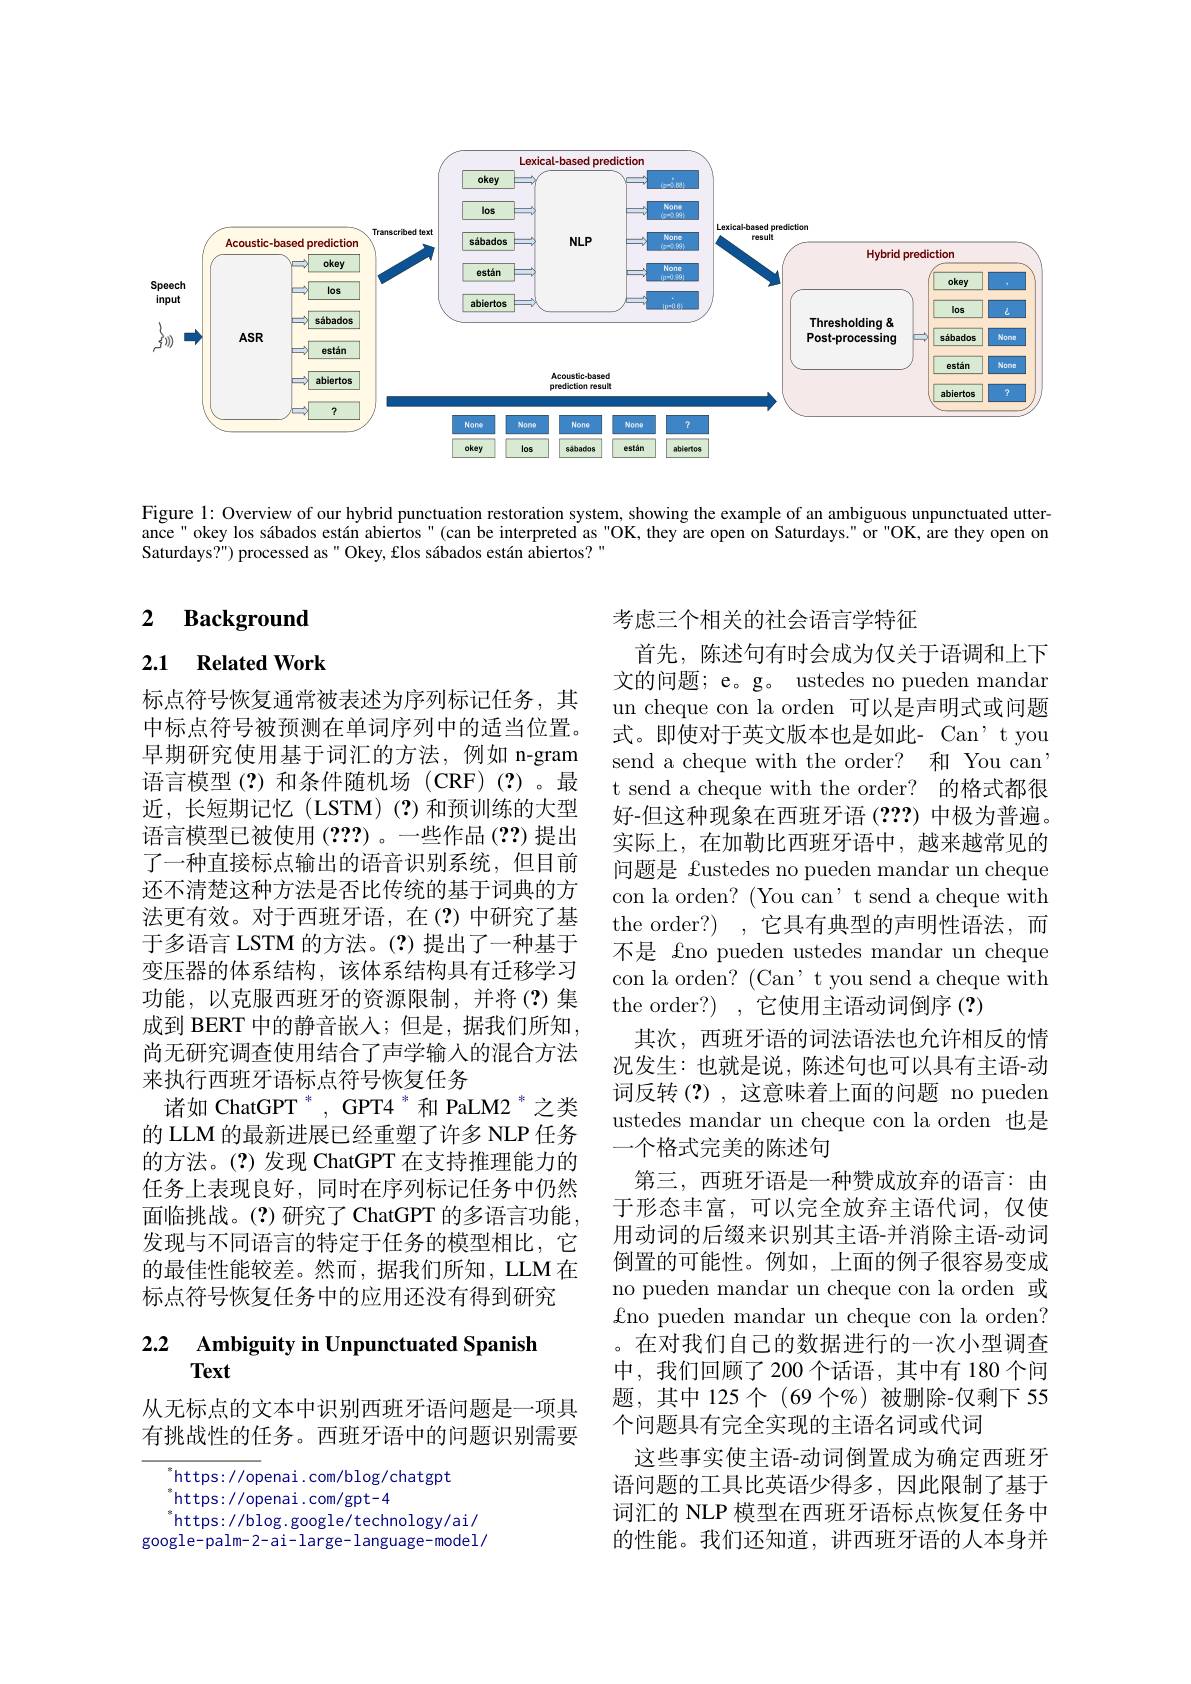
<FigureHere>

Figure 1: Overview of our hybrid punctuation restoration system, showing the example of an ambiguous unpunctuated utterance" okey los sábados están abiertos" (can be interpreted as"OK, they are open on Saturdays." or "OK, are they open on Saturdays?") processed as" Okey, £los sábados están abiertos?"

### $\textbf{2}$ $\textbf{Background}$

## 2.1 Related Work

标点符号恢复通常被表述为序列标记任务，其中标点符号被预测在单词序列中的适当位置。早期研究使用基于词汇的方法，例如 n-gram 语言模型(?)和条件随机场(CRF)(?)。最近，长短期记忆(LSTM)(?)和预训练的大型语言模型已被使用(???)。一些作品(??)提出了一种直接标点输出的语音识别系统，但目前还不清楚这种方法是否比传统的基于词典的方法更有效。对于西班牙语，在(?)中研究了基于多语言 LSTM 的方法。(?)提出了一种基于变压器的体系结构，该体系结构具有迁移学习功能，以克服西班牙的资源限制，并将(?)集成到 BERT 中的静音嵌入；但是，据我们所知， 尚无研究调查使用结合了声学输入的混合方法来执行西班牙语标点符号恢复任务
诸如 ChatGPT $^*,\mathrm{~GPT4}^*$和 PaLM2 $^*$之类的 LLM 的最新进展已经重塑了许多 NLP 任务的方法。(?)发现 ChatGPT 在支持推理能力的任务上表现良好，同时在序列标记任务中仍然面临挑战。(?)研究了 ChatGPT 的多语言功能， 发现与不同语言的特定于任务的模型相比，它的最佳性能较差。然而，据我们所知，LLM在标点符号恢复任务中的应用还没有得到研究

考虑三个相关的社会语言学特征
首先，陈述句有时会成为仅关于语调和上下文的问题；e。g。ustedes no pueden mandar un cheque con la orden 可以是声明式或问题式。即使对于英文版本也是如此- Can't you send a cheque with the order? 和 You can' t send a cheque with the order? 的格式都很好-但这种现象在西班牙语(???)中极为普遍。实际上，在加勒比西班牙语中，越来越常见的问题是 fustedes no pueden mandar un cheque con la orden? (You can' t send a cheque with the order?),它具有典型的声明性语法，而不是 £no pueden ustedes mandar un cheque con la orden? (Can' t you send a cheque with the order?) ,它使用主语动词倒序 (?)
其次，西班牙语的词法语法也允许相反的情况发生：也就是说，陈述句也可以具有主语-动词反转(?),这意味着上面的问题 no pueden ustedes mandar un cheque con la orden 也是一个格式完美的陈述句
第三，西班牙语是一种赞成放弃的语言：由于形态丰富，可以完全放弃主语代词，仅使用动词的后缀来识别其主语-并消除主语-动词倒置的可能性。例如，上面的例子很容易变成no pueden mandar un cheque con la orden 或fno pueden mandar un cheque con la orden? 。在对我们自己的数据进行的一次小型调查中，我们回顾了200个话语，其中有180个问题，其中125个(69个%)被删除-仅剩下 55个问题具有完全实现的主语名词或代词
这些事实使主语-动词倒置成为确定西班牙语问题的工具比英语少得多，因此限制了基于词汇的 NLP 模型在西班牙语标点恢复任务中的性能。我们还知道，讲西班牙语的人本身并

# 2.2 $\mathbf{Ambiguity~in~Unpunctuated~Spanish}$

从无标点的文本中识别西班牙语问题是一项具有挑战性的任务。西班牙语中的问题识别需要

$^{*}$https://openai.com/blog/chatgpt
$^{*}$https://openai.com/gpt-4
$^{*}$https://blog.google/technology/ai/ google-palm-2-ai-large-language-model/